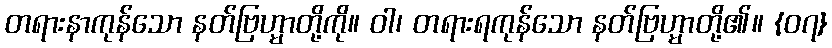
တရားနာကုန်သော နတ်ဗြဟ္မာတို့ကို။ ဝါ၊ တရားရကုန်သော နတ်ဗြဟ္မာတို့၏။ {၀၇}